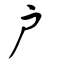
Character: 戶